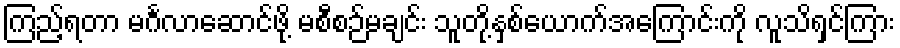
ကြည့်ရတာ မင်္ဂလာဆောင်ဖို့ မစီစဉ်မချင်း သူတို့နှစ်ယောက်အကြောင်းကို လူသိရှင်ကြား